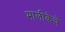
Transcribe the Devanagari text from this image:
मालीकेचे